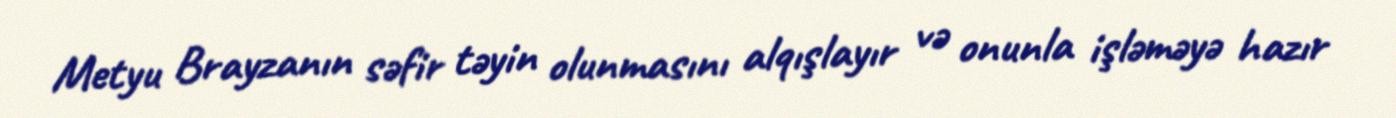
Metyu Brayzanın səfir təyin olunmasını alqışlayır və onunla işləməyə hazır